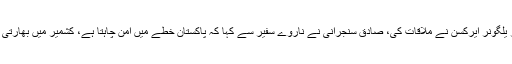
تفصیلات کے مطابق چیئرمین سینیٹ سے ناروے سفیر یلگونر ایرکسن نے ملاقات کی، صادق سنجرانی نے ناروے سفیر سے کہا کہ پاکستان خطے میں امن چاہتا ہے، کشمیر میں بھارتی اقدامات سے خطے کے امن کو خطرہ لاحق ہو گیا ہے۔